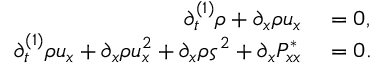
\begin{array} { r l } { \partial _ { t } ^ { ( 1 ) } \rho + \partial _ { x } \rho u _ { x } } & { { } = 0 , } \\ { \partial _ { t } ^ { ( 1 ) } \rho u _ { x } + \partial _ { x } \rho u _ { x } ^ { 2 } + \partial _ { x } \rho \varsigma ^ { 2 } + \partial _ { x } P _ { x x } ^ { * } } & { { } = 0 . } \end{array}